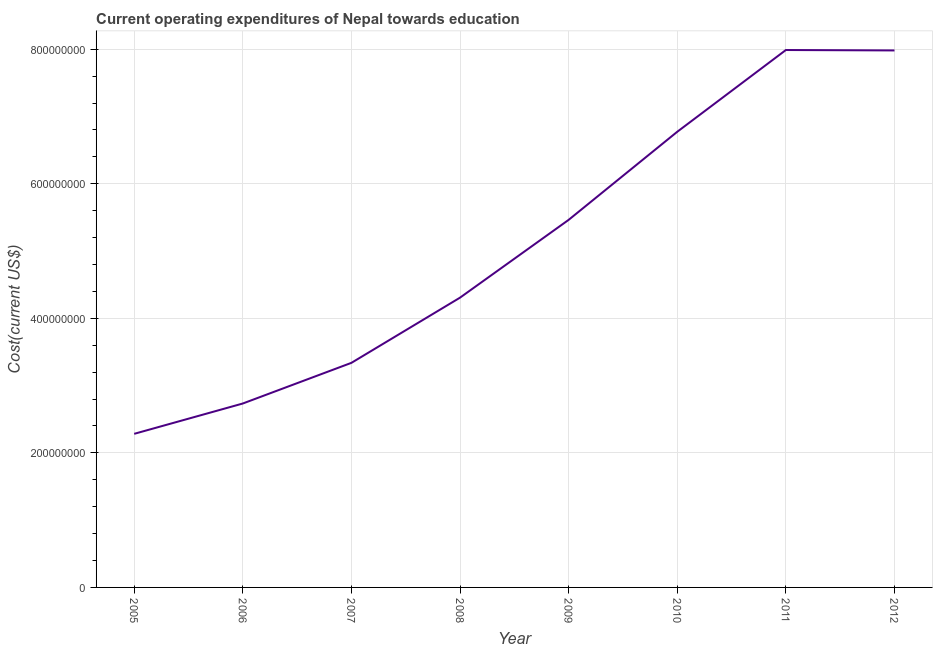
| Year | Education expenditure |
 | --- | --- |
 | 2005 | 2.28e+08 |
 | 2006 | 2.73e+08 |
 | 2007 | 3.34e+08 |
 | 2008 | 4.31e+08 |
 | 2009 | 5.46e+08 |
 | 2010 | 6.77e+08 |
 | 2011 | 7.99e+08 |
 | 2012 | 7.98e+08 |